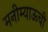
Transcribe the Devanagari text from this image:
मनीम्याऊची